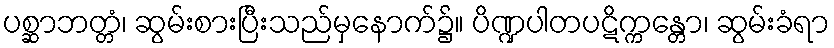
ပစ္ဆာဘတ္တံ၊ ဆွမ်းစားပြီးသည်မှနောက်၌။ ပိဏ္ဍပါတပဋိက္ကန္တော၊ ဆွမ်းခံရာ